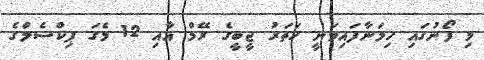
މި ފޯނުގައި ހިމަނާފައިވަނީ ހަތަރު ޖީބީގެ ރޭމް އާއި 12 މެގަ ޕިކްސެލްގެ